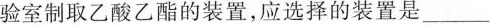
验室制取乙酸乙酯的装置，应选择的装置是___